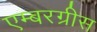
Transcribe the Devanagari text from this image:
एम्बरग्रीस